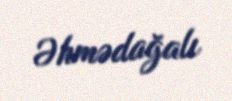
Əhmədağalı